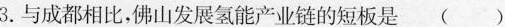
3.与成都相比，佛山发展氢能产业链的短板是（）